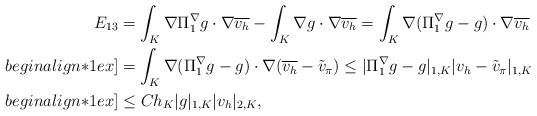
LaTeX: \begin{align*}E_{13}&=\int_K \nabla \Pi_1^{\nabla}g \cdot \nabla \overline{v_h}- \int_K \nabla g \cdot \nabla \overline{v_h}=\int_K \nabla(\Pi_1^{\nabla}g -g )\cdot \nabla \overline{v_h}\\begin{align*}1ex]&=\int_K\nabla(\Pi_1^{\nabla}g -g )\cdot \nabla (\overline{v_h} -\tilde{v}_{\pi})\leq|\Pi_1^{\nabla}g -g |_{1,K}|v_h -\tilde{v}_{\pi} |_{1,K}\\begin{align*}1ex]&\leq Ch_K|g |_{1,K} |v_h |_{2,K},\end{align*}